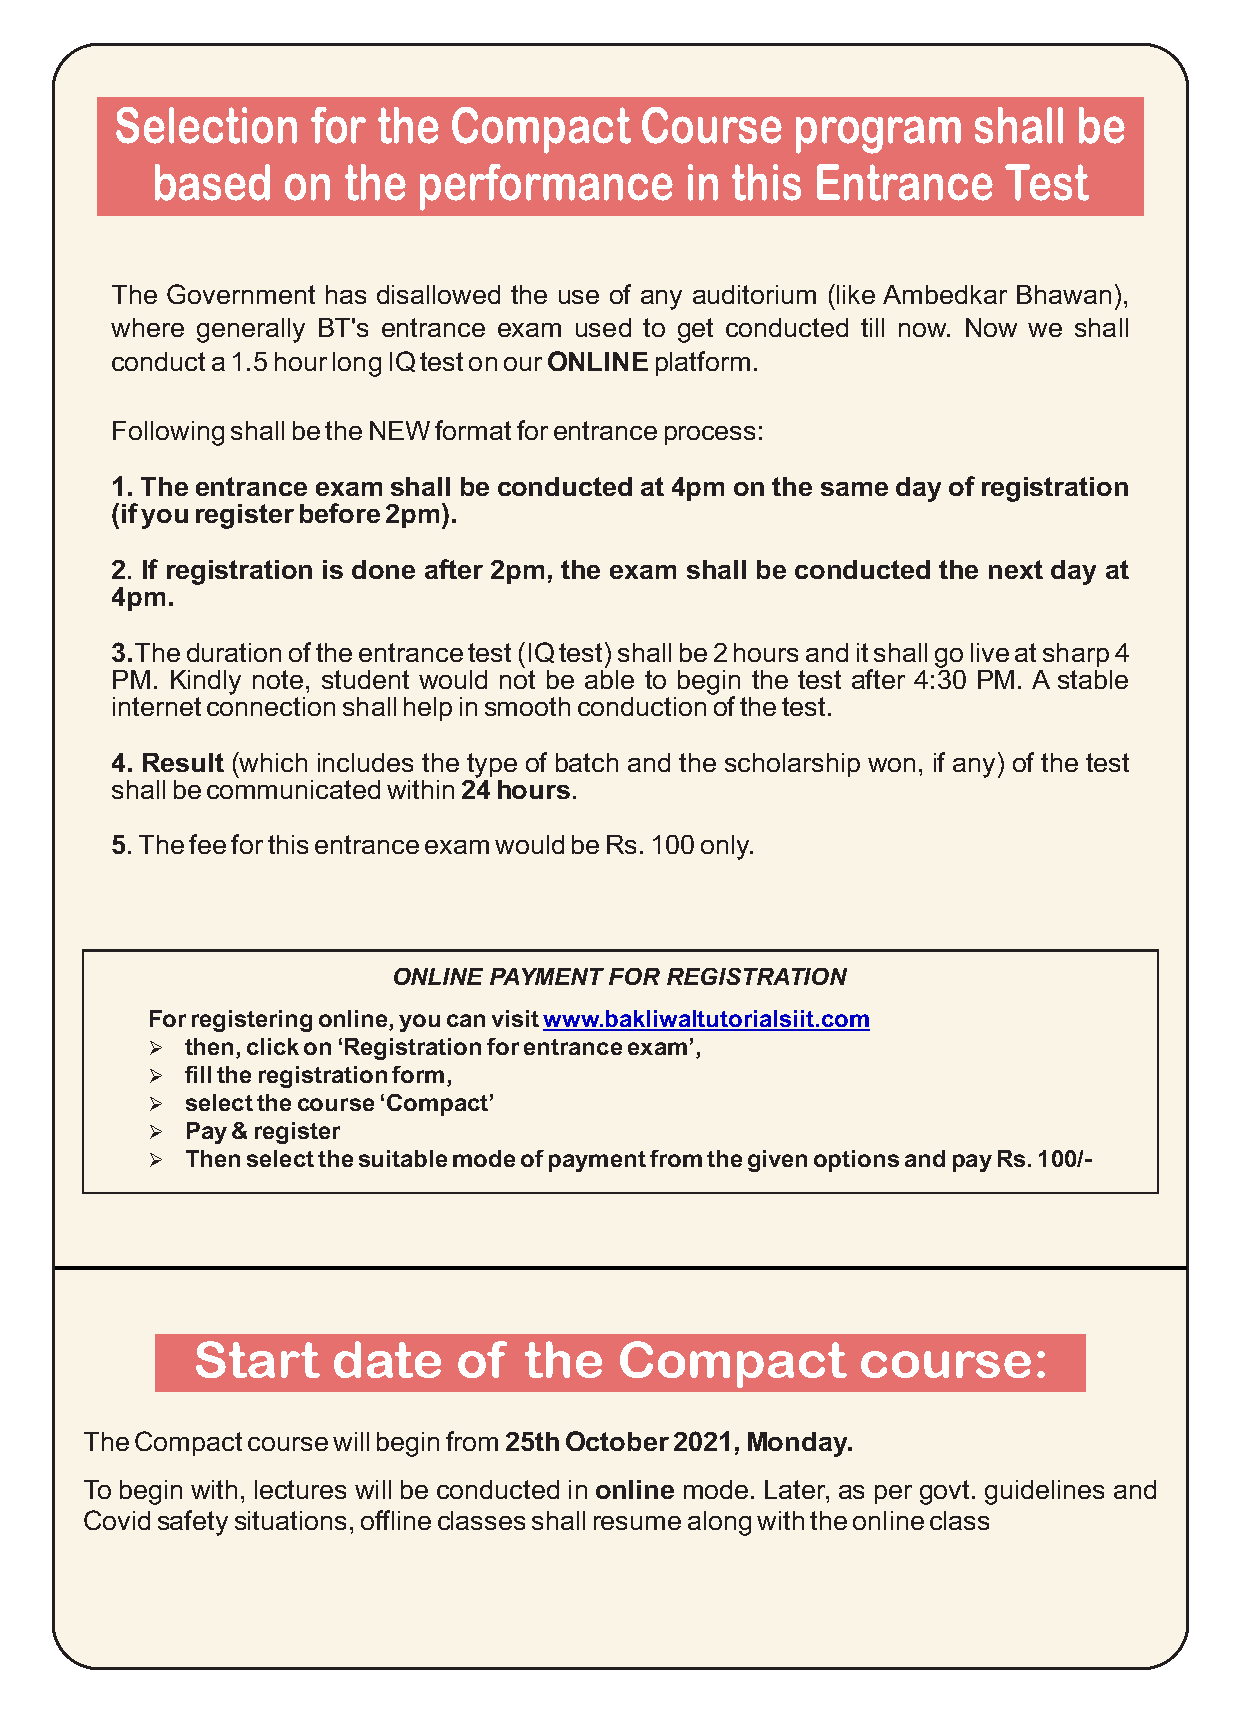
Selection    for the  Compact     Course     program    shall  be
 based    on  the  performance      in this  Entrance    Test
 The Government has disallowed the use of any auditorium (like Ambedkar Bhawan),
 where generally BT's entrance exam used to get conducted till now. Now we shall
 conduct a 1.5 hour long IQ test on our ONLINE platform.
 Following shall be the NEW format for entrance process:
 1. The entrance exam shall be conducted at 4pm on the same day of registration
 (if you register before 2pm).
 2. If registration is done after 2pm, the exam shall be conducted the next day at
 4pm.
 3.The duration of the entrance test (IQ test) shall be 2 hours and it shall go live at sharp 4
 PM. Kindly note, student would not be able to begin the test after 4:30 PM. A stable
 internet connection shall help in smooth conduction of the test.
 4. Result (which includes the type of batch and the scholarship won, if any) of the test
 shall be communicated within 24 hours.
 5. The fee for this entrance exam would be Rs. 100 only.
 ONLINE PAYMENT FOR REGISTRATION
 For registering online, you can visit www.bakliwaltutorialsiit.com
 Ø then, click on ‘Registration for entrance exam’,
 Ø fill the registration form,
 Ø select the course ‘Compact’
 Ø Pay & register
 Ø Then select the suitable mode of payment from the given options and pay Rs. 100/-
 Start    date    of   the   Compact         course:
 The Compact course will begin from 25th October 2021, Monday.
 To begin with, lectures will be conducted in online mode. Later, as per govt. guidelines and
 Covid safety situations, offline classes shall resume along with the online class